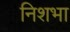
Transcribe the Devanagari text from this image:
निशभा